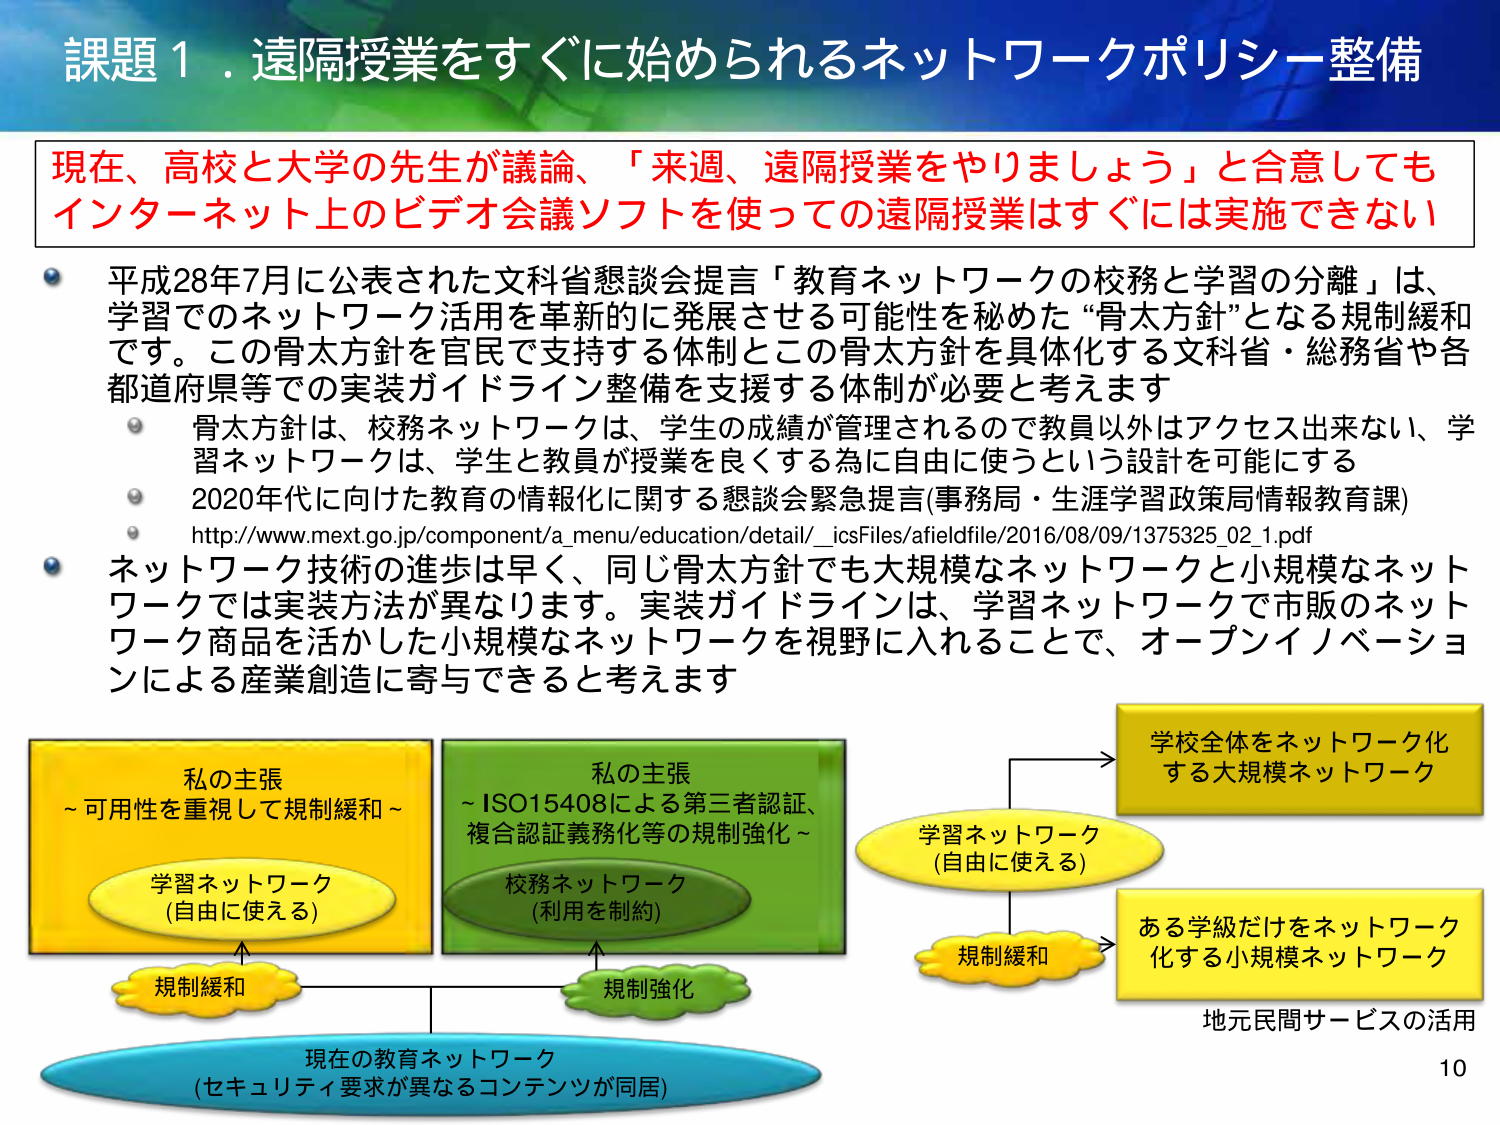
課題１．遠隔授業をすぐに始められるネットワークポリシー整備

現在、高校と大学の先生が議論、「来週、遠隔授業をやりましょう」と合意しても
インターネット上のビデオ会議ソフトを使っての遠隔授業はすぐには実施できない

平成28年7月に公表された文科省懇談会提言「教育ネットワークの校務と学習の分離」は、
学習でのネットワーク活用を革新的に発展させる可能性を秘めた“骨太方針”となる規制緩和
です。この骨太方針を官民で支持する体制とこの骨太方針を具体化する文科省・総務省や各
都道府県等での実装ガイドライン整備を支援する体制が必要と考えます

　　骨太方針は、校務ネットワークは、学生の成績が管理されるので教員以外はアクセス出来ない、学
　　習ネットワークは、学生と教員が授業を良くする為に自由に使うという設計を可能にする

　　2020年代に向けた教育の情報化に関する懇談会緊急提言(事務局・生涯学習政策局情報教育課)
　　http://www.mext.go.jp/component/a_menu/education/detail/__icsFiles/afieldfile/2016/08/09/1375325_02_1.pdf

　　ネットワーク技術の進歩は早く、同じ骨太方針でも大規模なネットワークと小規模なネット
　　ワークでは実装方法が異なります。実装ガイドラインは、学習ネットワークで市販のネット
　　ワーク商品を活かした小規模なネットワークを視野に入れることで、オープンイノベーショ
　　ンによる産業創造に寄与できると考えます

私の主張
～可用性を重視して規制緩和～

学習ネットワーク
(自由に使える)

規制緩和

私の主張
～ISO15408による第三者認証、
複合認証義務化等の規制強化～

校務ネットワーク
(利用を制約)

規制強化

現在の教育ネットワーク
(セキュリティ要求が異なるコンテンツが同居)

学習ネットワーク
(自由に使える)

規制緩和

学校全体をネットワーク化
する大規模ネットワーク

ある学級だけをネットワーク
化する小規模ネットワーク

地元民間サービスの活用

10